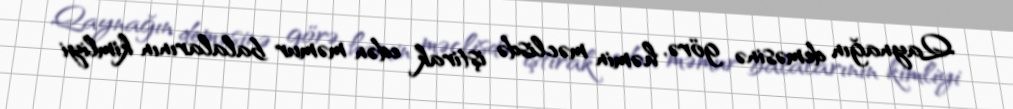
Qaynağın deməsinə görə, həmin məclisdə iştirak edən məmur balalarının kimliyi